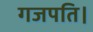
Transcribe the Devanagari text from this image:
गजपति।